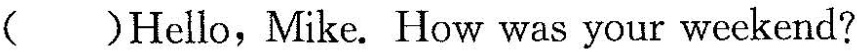
( )Hello, Mike. How was your weekend?